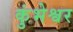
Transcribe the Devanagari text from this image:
कुंभेश्वर